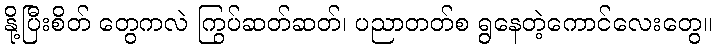
နို့ပြီးစိတ် တွေကလဲ ကြွပ်ဆတ်ဆတ်၊ ပညာတတ်စ ရွနေတဲ့ကောင်လေးတွေ။